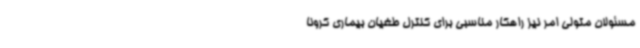
مسئولان متولی امر نیز راهکار مناسبی برای کنترل طغیان بیماری کرونا